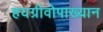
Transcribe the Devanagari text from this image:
हयग्रीवोपाख्यान